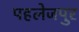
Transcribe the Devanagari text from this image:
पहलेजपुर